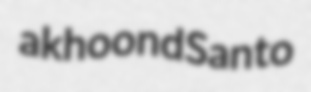
akhoond Santo